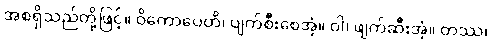
အစရှိသည်တို့ဖြင့်။ ဝိကောပေတိ၊ ပျက်စီးစေအံ့။ ဝါ၊ ဖျက်ဆီးအံ့။ တဿ၊